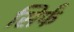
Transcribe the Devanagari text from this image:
सिर्फं